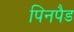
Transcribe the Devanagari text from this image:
पिनपैड